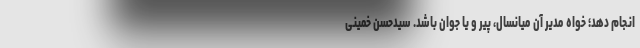
انجام دهد؛ خواه مدیر آن میانسال، پیر و یا جوان باشد. سیدحسن خمینی